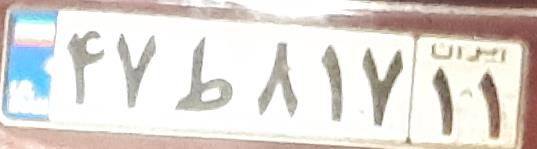
۴۷ط۸۱۷۱۱